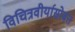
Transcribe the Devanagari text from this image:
विचित्रवीर्यासोबत